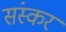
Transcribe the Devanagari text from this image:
संस्कर